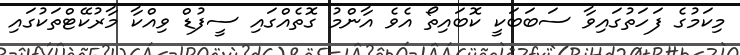
މިކަމުގެ ފަހަތުގައިވާ ސަބަބަކީ ކޮބައިތޯ އެވެ އާންމު ގޮތެއްގައި ސީފުޑް ވިއްކާ މާރުކޭޓްތަކުގައި